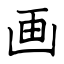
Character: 画